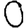
Digit: 0